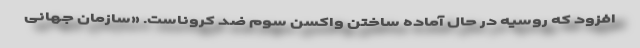
افزود که روسیه در حال آماده ساختن واکسن سوم ضد کروناست. «سازمان جهانی